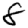
Digit: 8